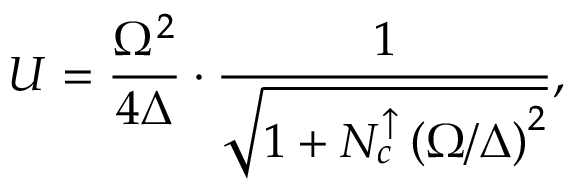
U = \frac { \Omega ^ { 2 } } { 4 \Delta } \cdot \frac { 1 } { \sqrt { 1 + \ensuremath { N _ { c } ^ { \uparrow } } \left( \Omega / \Delta \right) ^ { 2 } } } ,